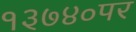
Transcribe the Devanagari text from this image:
१३७४०पर